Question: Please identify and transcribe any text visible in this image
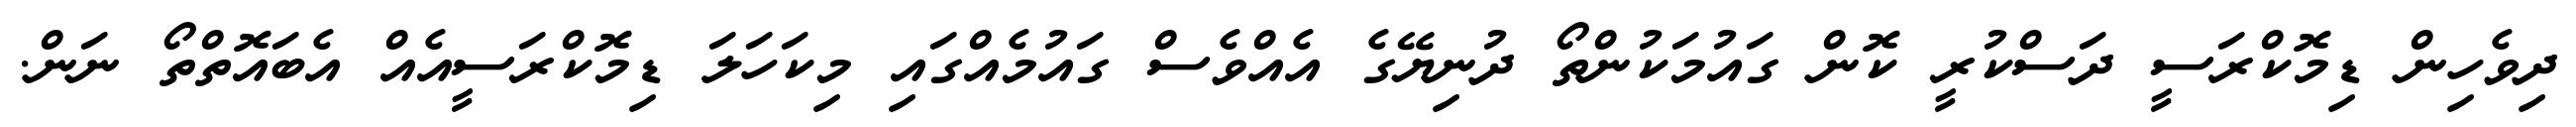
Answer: ދިވެހިން ޑިމޮކްރަސީ ދަސްކުރީ ކޮން ގައުމަކުންތޯ ދުނިޔޭގެ އެއްވެސް ގައުމެއްގައި މިކަހަލަ ޑިމޮކްރަސީއެއް އެބައޮތްތޯ ނަން.